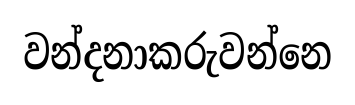
වන්දනාකරුවන්නෙ